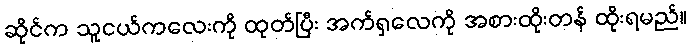
ဆိုင်က သူငယ်ကလေးကို ထုတ်ပြီး အက်ရှလေကို အစားထိုးတန် ထိုးရမည်။